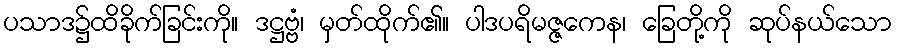
ပသာဒ၌ထိခိုက်ခြင်းကို။ ဒဋ္ဌဗ္ဗံ၊ မှတ်ထိုက်၏။ ပါဒပရိမဇ္ဇကေန၊ ခြေတို့ကို ဆုပ်နယ်သော